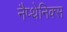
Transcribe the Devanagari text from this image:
नैप्थेनिक्स